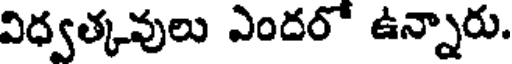
విధ్వత్కవులు ఎందరో ఉన్నారు.